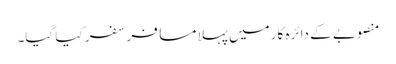
منصوبے کے دائرہ کار میں پہلا مسافر سفر کیا گیا۔